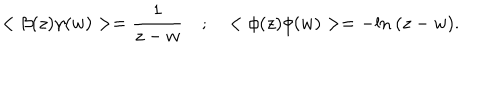
< \beta ( z ) \gamma ( w ) > = { \frac { 1 } { z - w } } \quad ; \quad < \phi ( z ) \phi ( w ) > = - \mathrm { l n } ~ ( z - w ) .